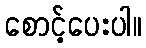
စောင့်ပေးပါ။